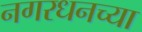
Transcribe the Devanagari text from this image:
नगरधनच्या